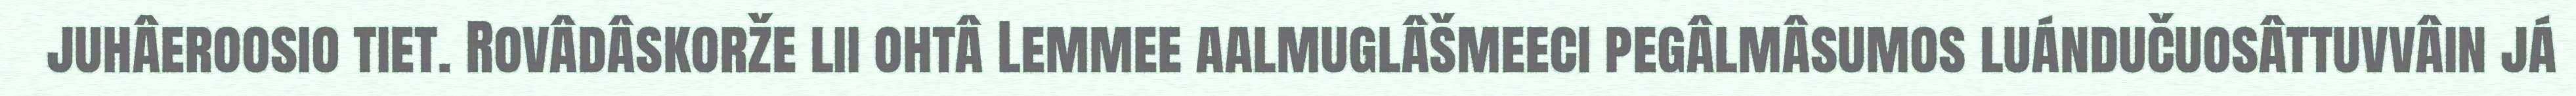
juhâeroosio tiet. Rovâdâskorže lii ohtâ Lemmee aalmuglâšmeeci pegâlmâsumos luándučuosâttuvvâin já